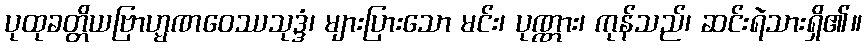
ပုထုခတ္တိယဗြာဟ္မဏဝေဿသုဒ္ဒံ၊ များပြားသော မင်း၊ ပုဏ္ဏား၊ ကုန်သည်၊ ဆင်းရဲသားရှိ၏။